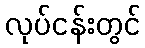
လုပ်ငန်းတွင်